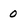
Character: 0